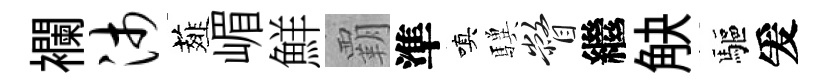
襴沛薤嵋鮮覇準嗔驥瞥繼觖驅爰